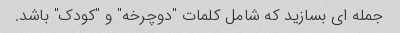
جمله ای بسازید که شامل کلمات "دوچرخه" و "کودک" باشد.